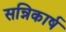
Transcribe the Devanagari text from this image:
सन्निकार्ष